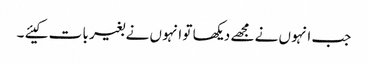
جب انہو ں نے مجھے دیکھا تو انہو ں نے بغیر با ت کیئے ۔